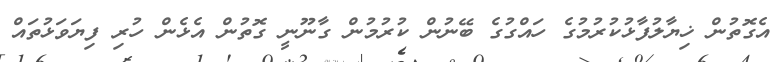
އެގޮތުން ޚިޔާލުފާޅުކުރުމުގެ ހައްގުގެ ބޭނުން ކުރުމުން ގާނޫނީ ގޮތުން އެޅެން ހުރި ފިޔަވަޅުތައް